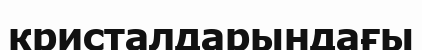
кристалдарындағы